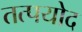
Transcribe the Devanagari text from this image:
तत्पयोद